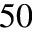
^ { 5 0 }